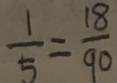
\frac { 1 } { 5 } = \frac { 1 8 } { 9 0 }